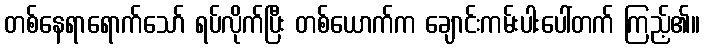
တစ်နေရာရောက်သော် ရပ်လိုက်ပြီး တစ်ယောက်က ချောင်းကမ်းပါးပေါ်တက် ကြည့်၏။